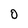
Character: 0